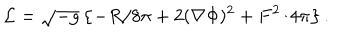
LaTeX: { \cal L } = \sqrt { - g } \left\{ - R / 8 \pi + 2 ( \nabla \Phi ) ^ { 2 } + F ^ { 2 } / 4 \pi \right\} .